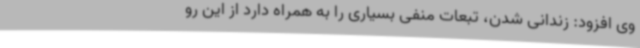
وی افزود: زندانی شدن، تبعات منفی بسیاری را به همراه دارد از این رو